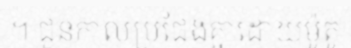
។ ជួនកាលប្រជែងគ្នាដោយម៉ូតូ